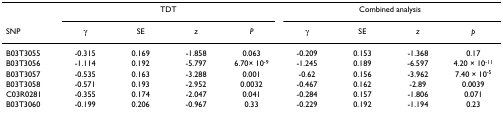
<table><thead><tr><td></td><td colspan="4"><b>TDT</b></td><td colspan="4"><b>Combined analysis</b></td></tr><tr><td><b>SNP</b></td><td><b>γ</b></td><td><b>SE</b></td><td><b><i>z</i></b></td><td><b><i>P</i></b></td><td><b>γ</b></td><td><b>SE</b></td><td><b><i>z</i></b></td><td><b><i>p</i></b></td></tr></thead><tbody><tr><td>B03T3055</td><td>-0.315</td><td>0.169</td><td>-1.858</td><td>0.063</td><td>-0.209</td><td>0.153</td><td>-1.368</td><td>0.17</td></tr><tr><td>B03T3056</td><td>-1.114</td><td>0.192</td><td>-5.797</td><td>6.70× 10<sup>-9</sup></td><td>-1.245</td><td>0.189</td><td>-6.597</td><td>4.20 × 10<sup>-11</sup></td></tr><tr><td>B03T3057</td><td>-0.535</td><td>0.163</td><td>-3.288</td><td>0.001</td><td>-0.62</td><td>0.156</td><td>-3.962</td><td>7.40 × 10<sup>-5</sup></td></tr><tr><td>B03T3058</td><td>-0.571</td><td>0.193</td><td>-2.952</td><td>0.0032</td><td>-0.467</td><td>0.162</td><td>-2.89</td><td>0.0039</td></tr><tr><td>C03R0281</td><td>-0.355</td><td>0.174</td><td>-2.047</td><td>0.041</td><td>-0.284</td><td>0.157</td><td>-1.806</td><td>0.071</td></tr><tr><td>B03T3060</td><td>-0.199</td><td>0.206</td><td>-0.967</td><td>0.33</td><td>-0.229</td><td>0.192</td><td>-1.194</td><td>0.23</td></tr></tbody></table>